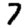
Digit: 7